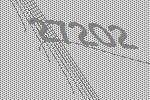
27202